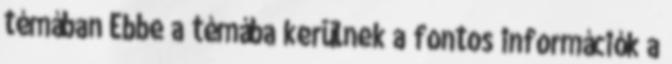
témában Ebbe a témába kerülnek a fontos információk a